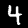
Digit: 4